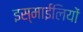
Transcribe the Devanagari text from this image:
इस्माईलियों